Kloostri_vallavalitsus, lk 4
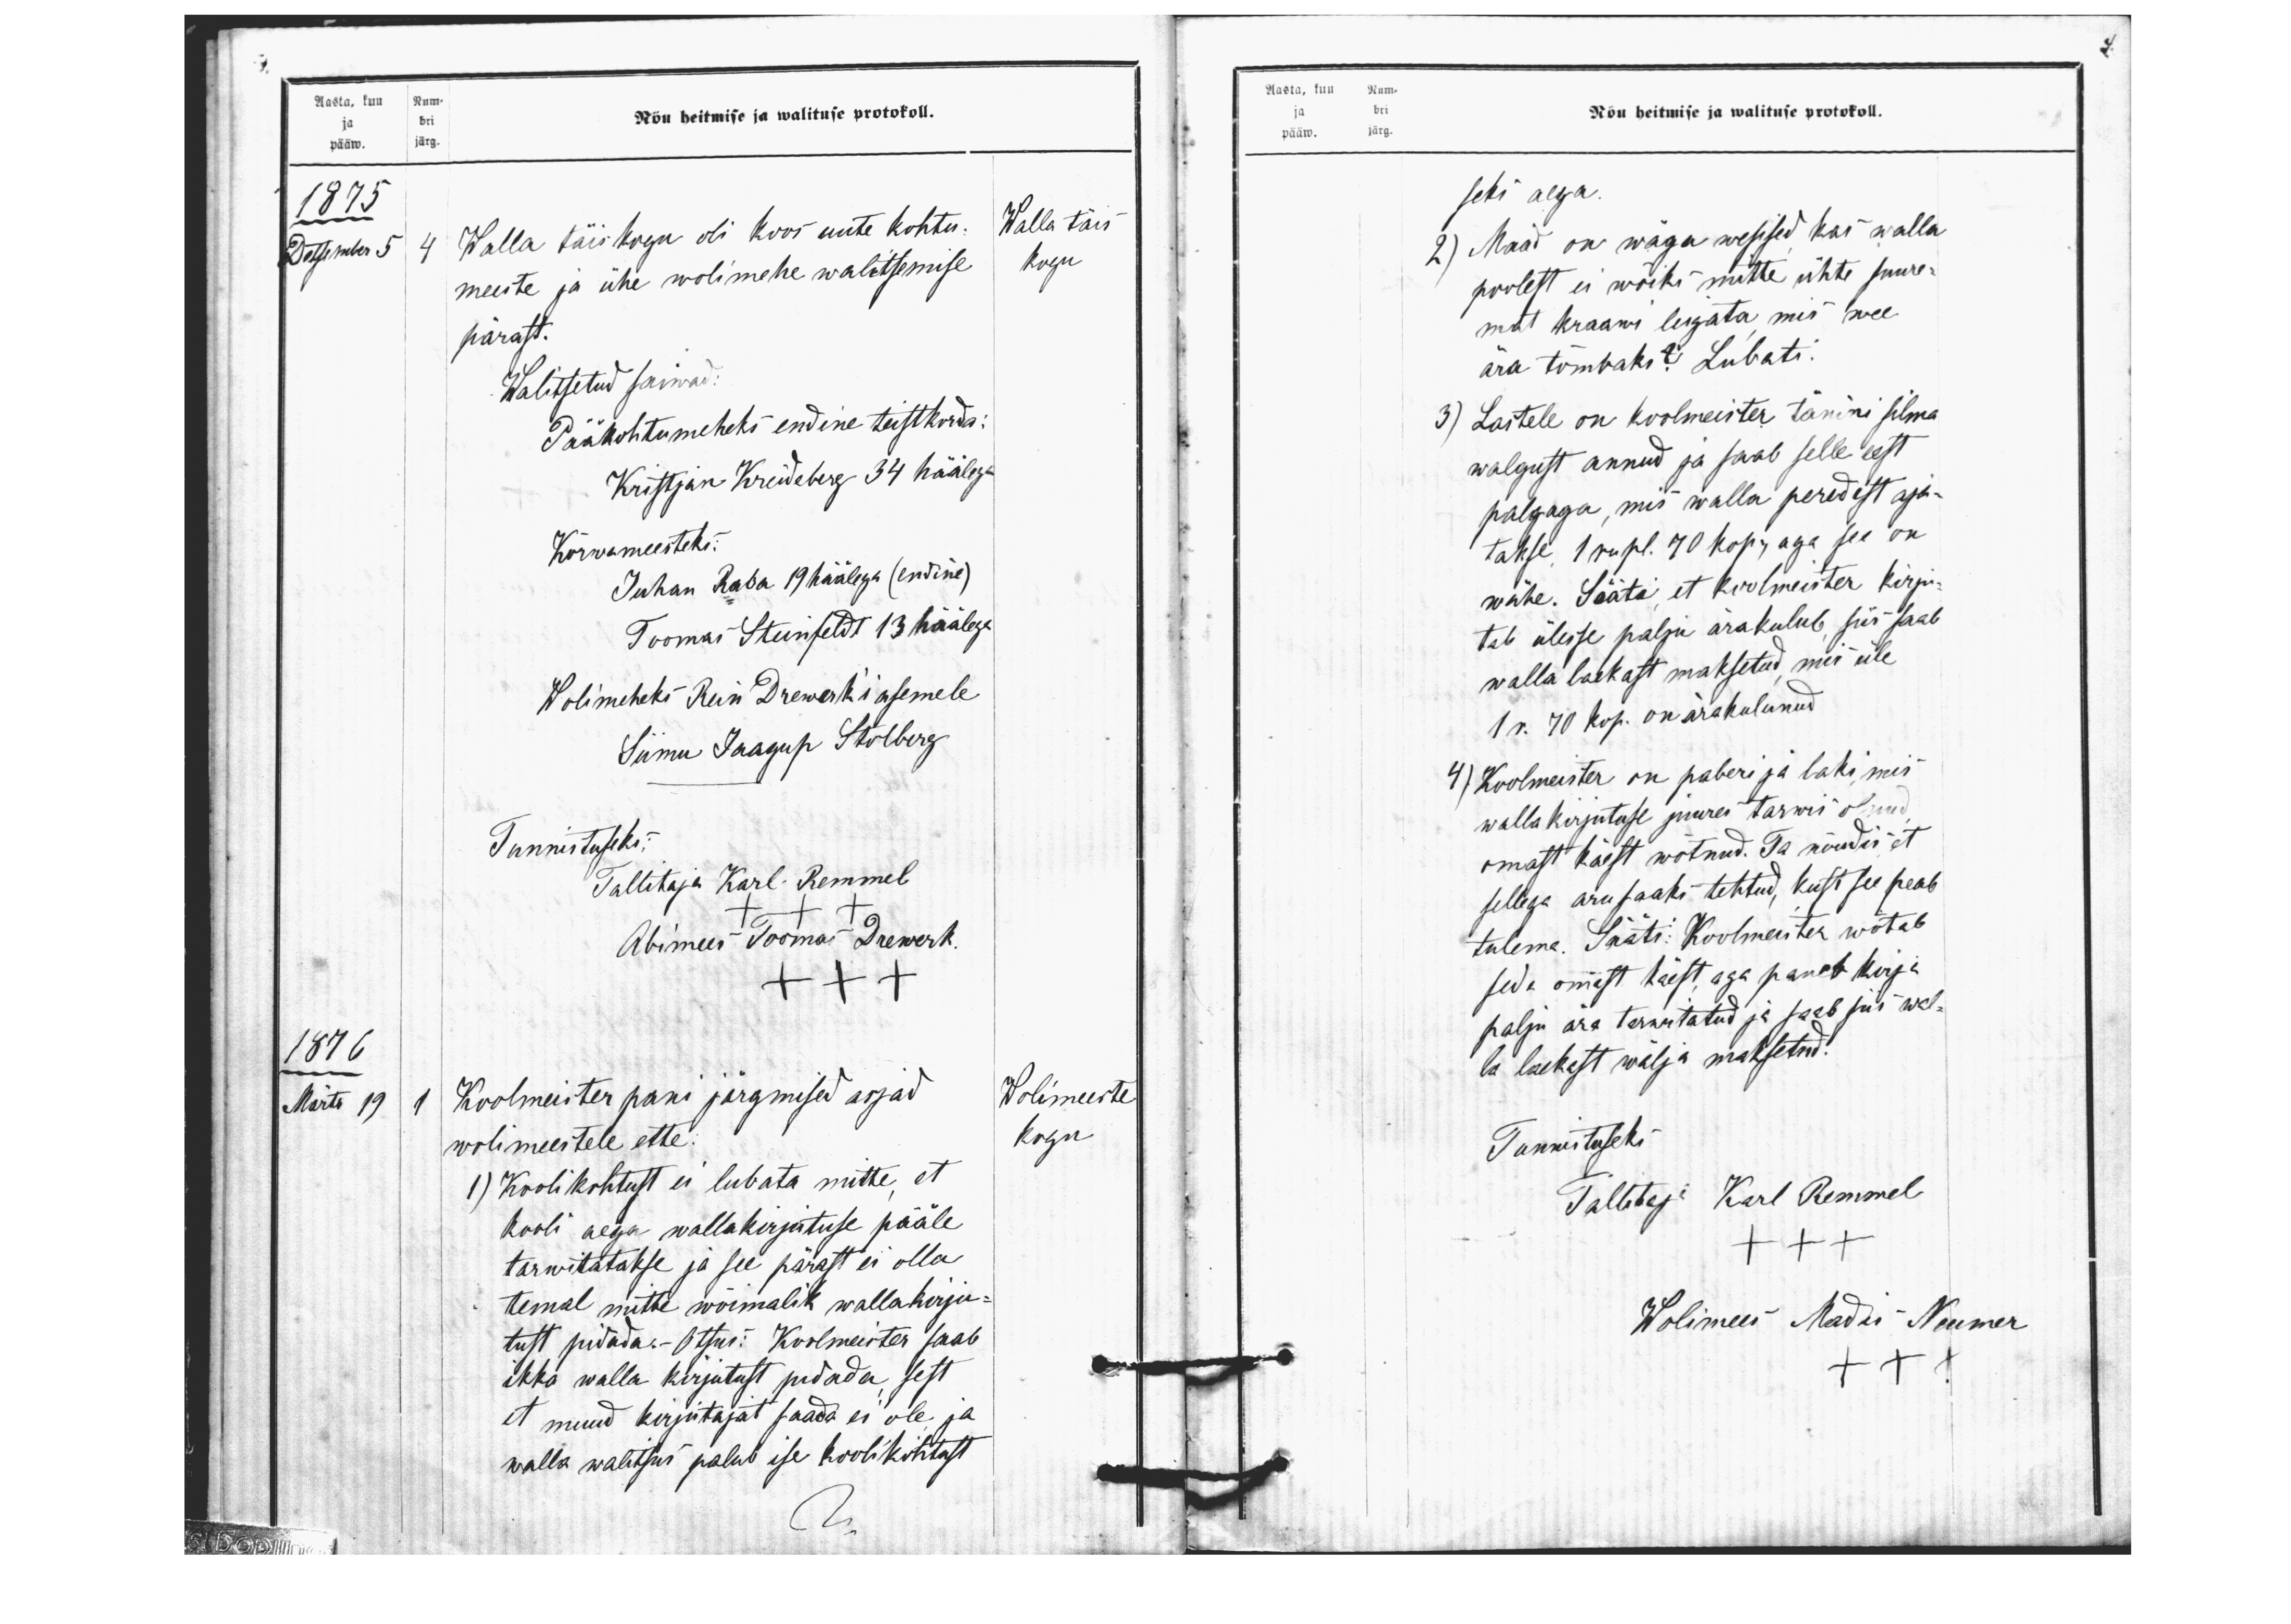
Aasta, kuu Num-
ja bri
pääw.  järg.
Nõu heitmise ja walituse protokoll.
1875
Detsember 5
Walla täiskogu oli koos uute kohtu.
meeste ja ühe wolimehe walitsemise
Walla täis
kogu
pärast.
Walitsetud saiwad:
Pääkohtumeheks endine teistkorda:
Kristjan Kreideberg 34 häälega
Kõrwameesteks:
Juhan Raba 19 häälega (endine).
Toomas Steinfeldt 13 häälega
Wolimeheks Rein Drewerki asemele
Siimu Jaagup Stolberg
Tunnistuseks:
Tallitaja Karl Remmel
+++
Abimees Toomas Drewerk.
+++
1876
Märts 19
1 Koolmeister pani järgmised asjad
Wolimeeste
wolimeestele ette:
kogu
1) Kooli kohtust ei lubata mitte, et
kooli aega wallakirjutuse pääle
tarwitatakse ja see pärast ei olla
temal mitte wõimalik wallakirju-
tust pidada.- Otsus: Koolmeister saab
ikka walla kirjutust pidada, sest
et muud kirjutajat saada ei ole ja
walla walitsus palub ise kooli kohtust

Aasta, kuu Num-
Nõu heitmise ja walituse protokoll.
ja bri
pääw. järg.
seks aega.
2) Maad on wäga wesised kas walla
poolest ei wõiksi mitte ühte suure-
mat kraawi leigata mis wee
ära tõmbaks? Lubati.
3) Lastele on koolmeister tänini silma
walgust annud ja saab selle eest
palgaga, mis walla peredest aja-
takse, 1 rubl. 70 kop. aga see on
wähe. Sääti, et koolmeister kirju-
tab ülesse palju ärakulub, siis saab
walla laekast maksetud, mis üle
1 r. 70 kop. on ärakulunud
4) Koolmeister on paberi ja laki, mis
walla kirjutuse juures tarwis olnud
omast käest wõtnud. Ta nõudis, et
sellega aru saaks tehtud, kust see peab
tulema. Sääti: Koolmeister wõtab
seda omast käest, aga paneb kirja
palju ära tarwitatud ja saab siisi wal-
la laekast wälja maksetud.

4

Tunnistuseks
Tallitaja Karl Remmel
+++
Wolimees Madis Neumer
+++